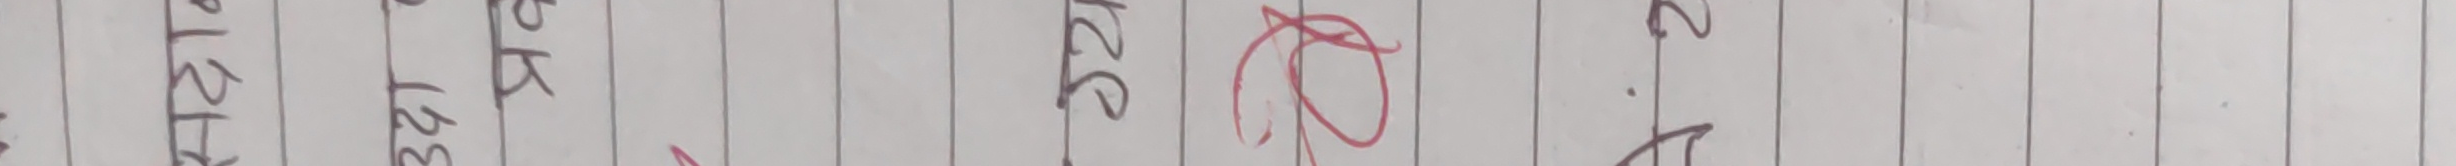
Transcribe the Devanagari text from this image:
साला १३८क १२१३ नेपाल सन् २०८० आषाढ २२ गते ३१ २२ २३